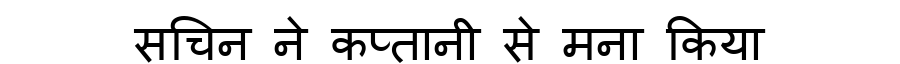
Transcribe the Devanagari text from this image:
सचिन ने कप्तानी से मना किया